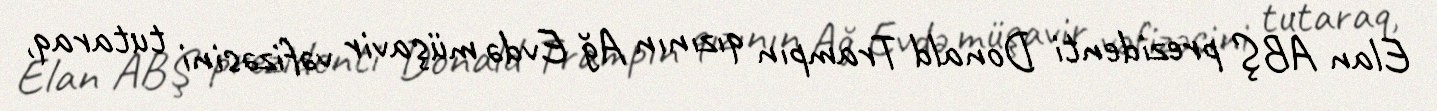
Elan ABŞ prezidenti Donald Trampın qızının Ağ Evdə müşavir vəfizəsini tutaraq,